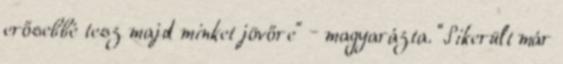
erősebbé tesz majd minket jövőre” – magyarázta. “Sikerült már